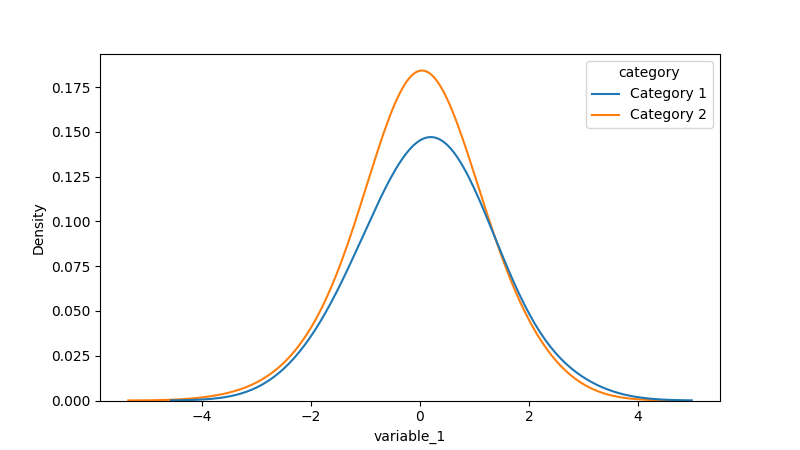
python, seaborn, kdeplot, hue='category', fill=False, bw_adjust=2.0